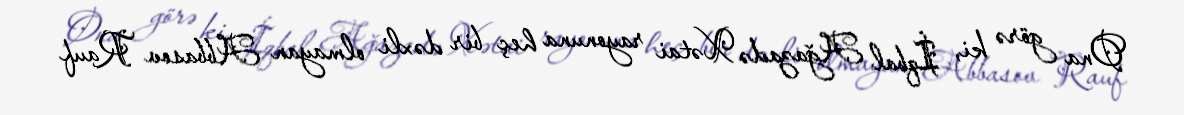
Ona görə ki, İqbal Ağazadə Xətai rayonuna heç bir dəxli olmayan Abbasov Rauf